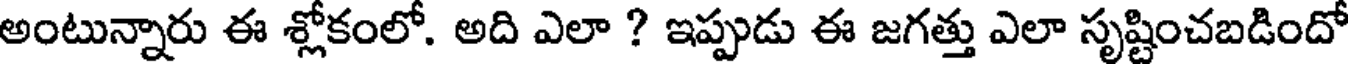
అంటున్నారు ఈ శ్లోకంలో. అది ఎలా ? ఇప్పుడు ఈ జగత్తు ఎలా సృష్టించబడిందో